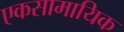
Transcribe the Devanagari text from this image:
एकसामायिक